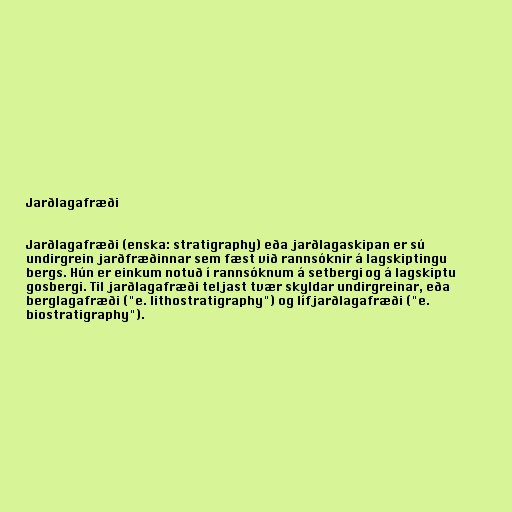
Jarðlagafræði

Jarðlagafræði (enska: stratigraphy) eða jarðlagaskipan er sú
undirgrein jarðfræðinnar sem fæst við rannsóknir á lagskiptingu
bergs. Hún er einkum notuð í rannsóknum á setbergi og á lagskiptu
gosbergi. Til jarðlagafræði teljast tvær skyldar undirgreinar, eða
berglagafræði ("e. lithostratigraphy") og lífjarðlagafræði ("e.
biostratigraphy").